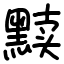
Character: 黩